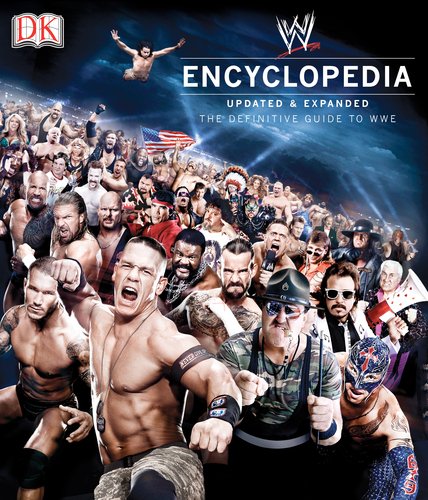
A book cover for WWE Encyclopedia Updated & Expanded; Brian Shields; Reference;